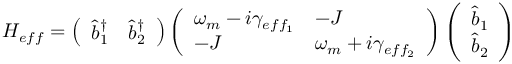
H _ { e f f } = \left( \begin{array} { l l } { \hat { b } _ { 1 } ^ { \dagger } } & { \hat { b } _ { 2 } ^ { \dagger } } \end{array} \right) \left( \begin{array} { l l } { \omega _ { m } - i \gamma _ { e f f _ { 1 } } } & { - J } \\ { - J } & { \omega _ { m } + i \gamma _ { e f f _ { 2 } } } \end{array} \right) \left( \begin{array} { l } { \hat { b } _ { 1 } } \\ { \hat { b } _ { 2 } } \end{array} \right)